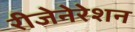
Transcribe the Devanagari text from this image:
रीजेनेरेशन